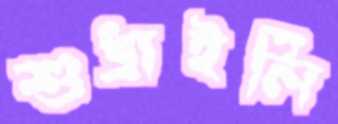
শুধ্‌রাইলি